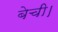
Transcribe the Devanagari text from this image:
बेची।